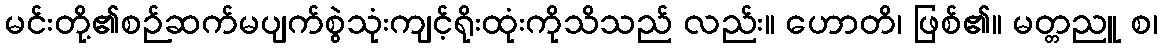
မင်းတို့၏စဉ်ဆက်မပျက်စွဲသုံးကျင့်ရိုးထုံးကိုသိသည် လည်း။ ဟောတိ၊ ဖြစ်၏။ မတ္တညူ စ၊